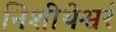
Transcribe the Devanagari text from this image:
निशीथेश्वरं